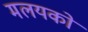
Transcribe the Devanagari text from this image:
मलयको